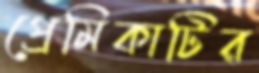
প্রেমিকাটির